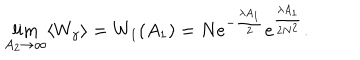
\lim _ { A _ { 2 } \rightarrow \infty } \langle W _ { \gamma } \rangle = W _ { 1 } ( A _ { 1 } ) = N e ^ { - \frac { \lambda A _ { 1 } } { 2 } } e ^ { \frac { \lambda A _ { 1 } } { 2 N ^ { 2 } } } .